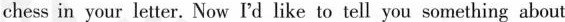
chess in your letter.Now'd like to tell you something about